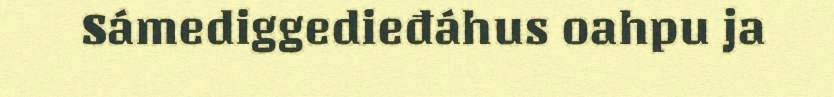
Sámediggedieđáhus oahpu ja